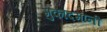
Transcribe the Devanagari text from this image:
मुकादमांनी